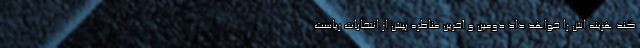
کند هزینه اش را خواهد داد دومین و آخرین مناظره پیش از انتخابات ریاست